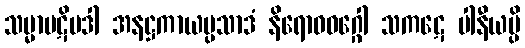
သမ္မာပဋိပဒါ အနဋ္ဌကာယပ္ပသာဒံ နိရောဓဝဂ္ဂေါ သကဋေ ပါနီယမ္ပိ